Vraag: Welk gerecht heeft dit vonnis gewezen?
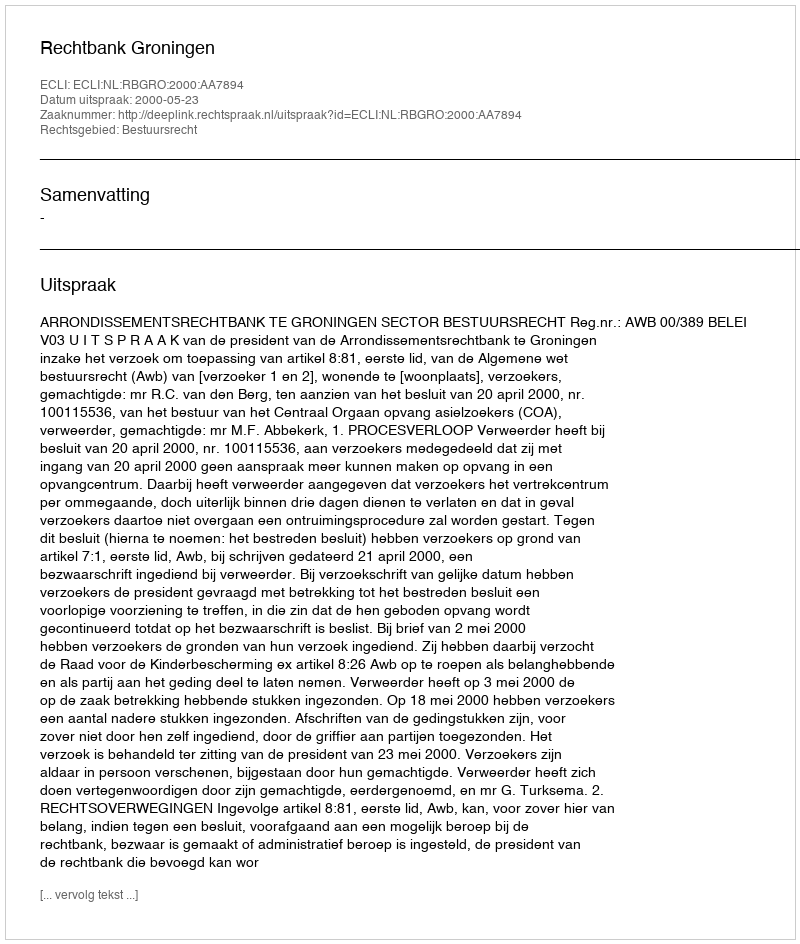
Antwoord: Rechtbank Groningen